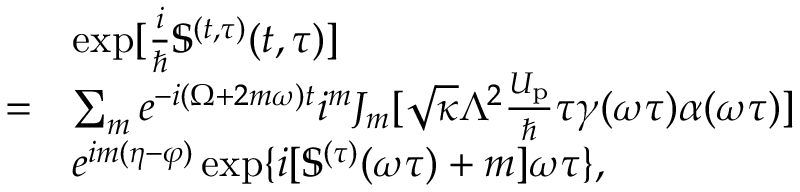
\begin{array} { r l } & { \exp [ { \frac { i } { \hbar } \mathbb { S } ^ { ( t , \tau ) } ( t , \tau ) } ] } \\ { = } & { \sum _ { m } e ^ { - i ( \Omega + 2 m \omega ) t } i ^ { m } J _ { m } [ \sqrt { \kappa } \Lambda ^ { 2 } \frac { U _ { \mathrm { p } } } { \hbar } \tau \gamma ( \omega \tau ) \alpha ( \omega \tau ) ] } \\ & { e ^ { i m ( \eta - \varphi ) } \exp \{ i [ \mathbb { S } ^ { ( \tau ) } ( \omega \tau ) + m ] \omega \tau \} , } \end{array}